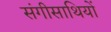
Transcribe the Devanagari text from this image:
संगीसाथियों